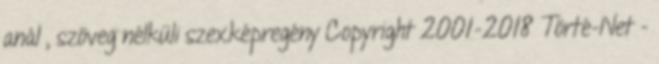
anál , szöveg nélküli szexképregény Copyright 2001-2018 Törté-Net -